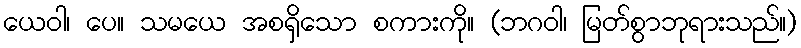
ယေဝါ၊ ပေ။ သမယေ အစရှိသော စကားကို။ (ဘဂဝါ၊ မြတ်စွာဘုရားသည်။)